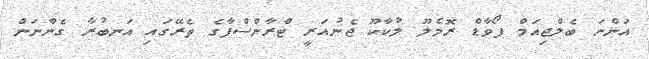
އަންނަ ބެލްޖިއަމް ފޯވާޑް ރޮމެލޫ ލުކާކޫ ޖެނުއަރީ ޓްރާންސްފާގެ ތެރޭގައި އަނބުރާ ގެންނަން